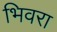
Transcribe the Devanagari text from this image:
भिवरा